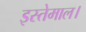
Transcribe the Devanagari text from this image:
इस्तेमाल।